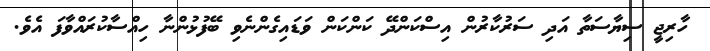
ހާރިޖީ ސިޔާސަތާ އަދި ސަރުކާރުން އިސްކަންދޭ ކަންކަން ވަޑައިގެންނެވި ބޭފުޅުންނާ ހިއްސާކުރައްވާފަ އެވެ.